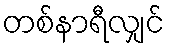
တစ်နာရီလျှင်